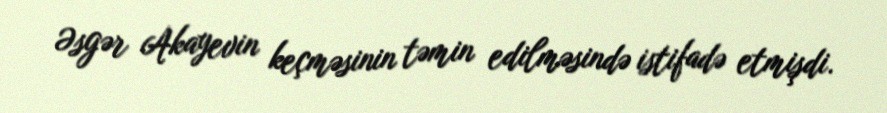
Əsgər Akayevin keçməsinin təmin edilməsində istifadə etmişdi.